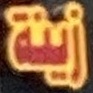
زینة